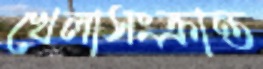
খেলাসংক্রান্ত